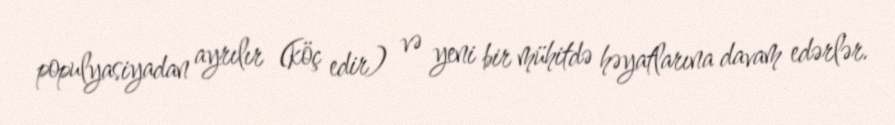
populyasiyadan ayrılır (köç edir) və yeni bir mühitdə həyatlarına davam edərlər.